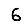
Digit: 6